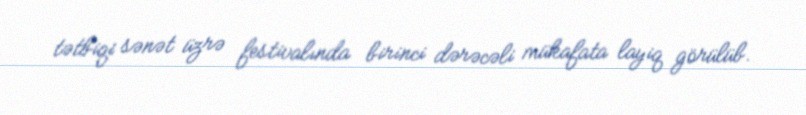
tətbiqi sənət üzrə festivalında birinci dərəcəli mükafata layiq görülüb.